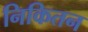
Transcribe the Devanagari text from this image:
निकितन